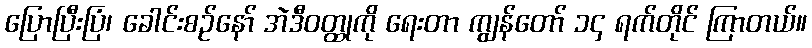
ပြောပြီးပြံ၊ ခေါင်းစဉ်နော် အဲဒီဝတ္ထုကို ရေးတာ ကျွန်တော် ၁၄ ရက်တိုင် ကြာတယ်။